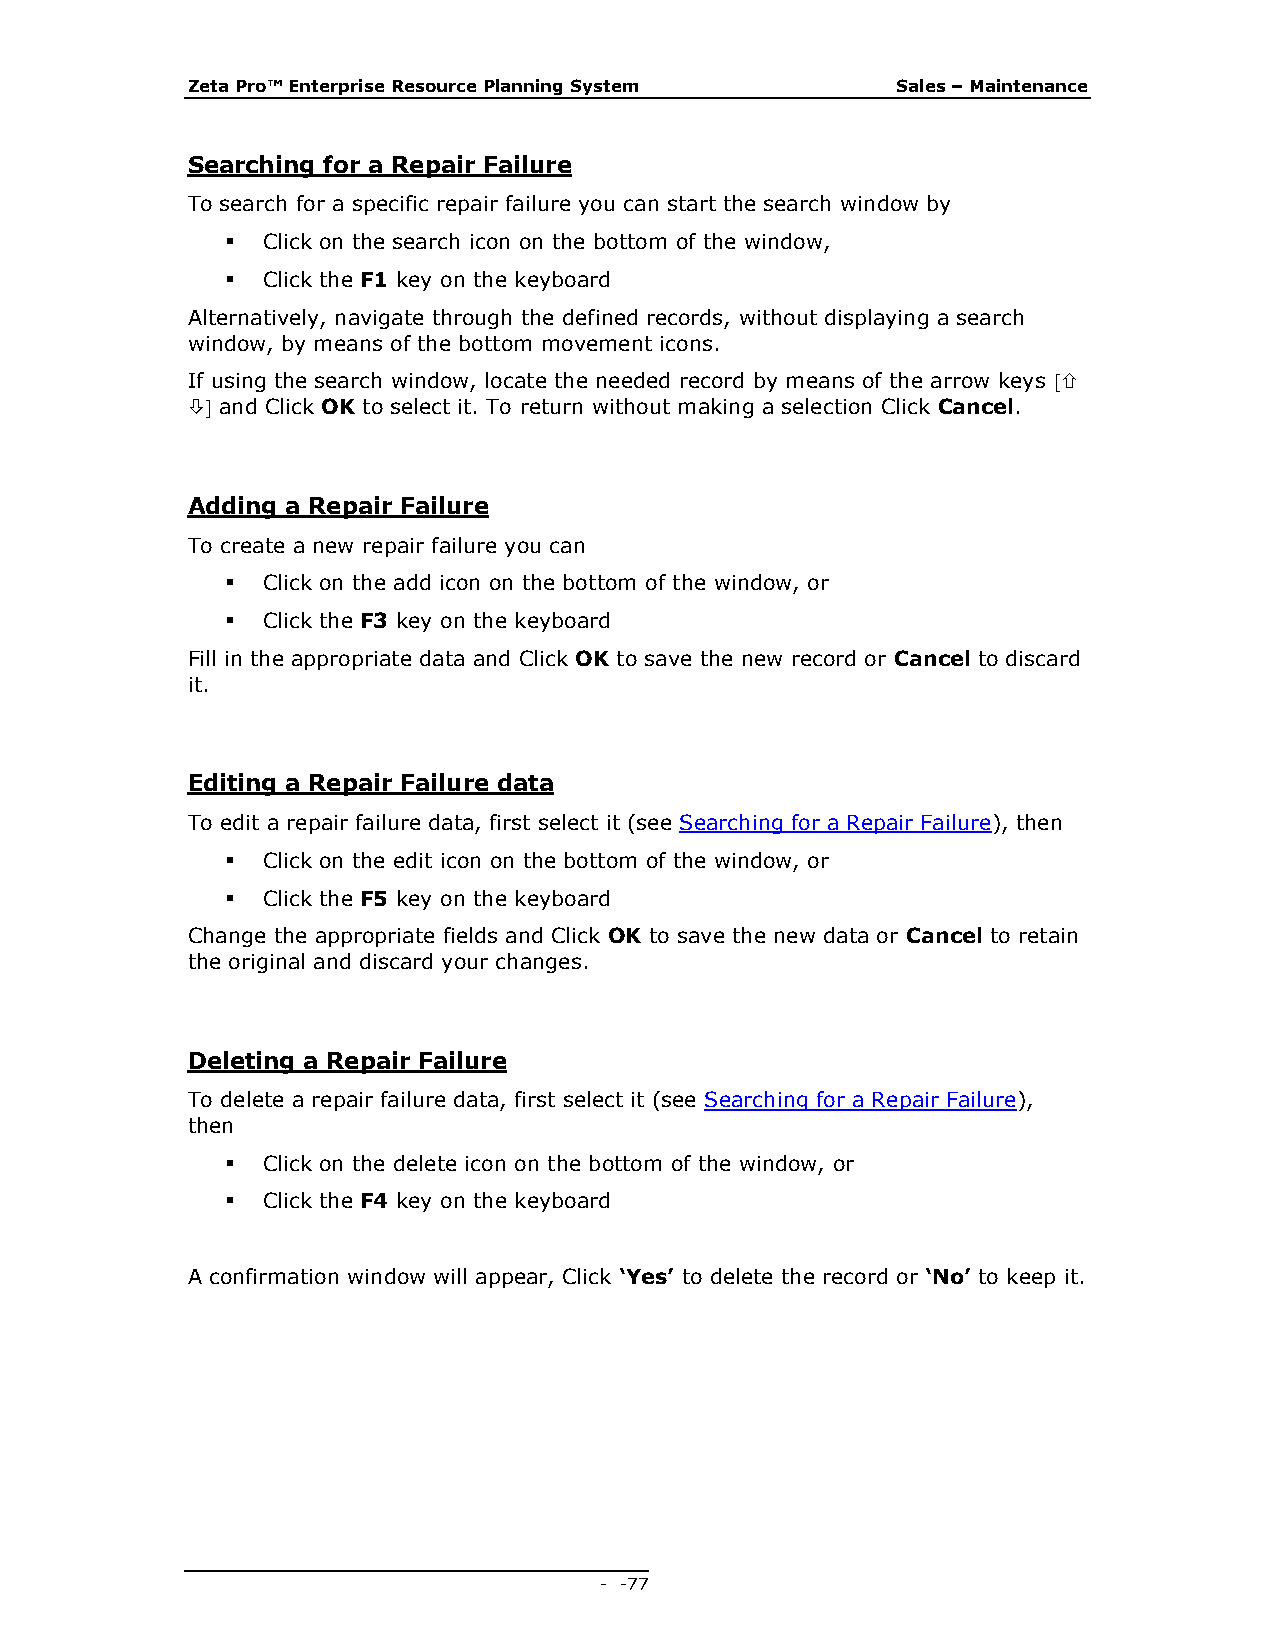
Zeta Pro™ Enterprise Resource Planning System  Sales – Maintenance
 Searching for a Repair Failure
 To search for a specific repair failure you can start the search window by
  Click on the search icon on the bottom of the window,
  Click the F1 key on the keyboard
 Alternatively, navigate through the defined records, without displaying a search
 window, by means of the bottom movement icons.
 If using the search window, locate the needed record by means of the arrow keys 
  and Click OK to select it. To return without making a selection Click Cancel.
 Adding a Repair Failure
 To create a new repair failure you can
  Click on the add icon on the bottom of the window, or
  Click the F3 key on the keyboard
 Fill in the appropriate data and Click OK to save the new record or Cancel to discard
 it.
 Editing a Repair Failure data
 To edit a repair failure data, first select it (see Searching for a Repair Failure), then
  Click on the edit icon on the bottom of the window, or
  Click the F5 key on the keyboard
 Change the appropriate fields and Click OK to save the new data or Cancel to retain
 the original and discard your changes.
 Deleting a Repair Failure
 To delete a repair failure data, first select it (see Searching for a Repair Failure),
 then
  Click on the delete icon on the bottom of the window, or
  Click the F4 key on the keyboard
 A confirmation window will appear, Click ‘Yes’ to delete the record or ‘No’ to keep it.
 - - 77